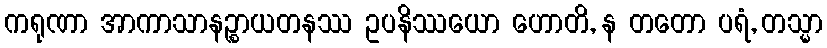
ကရုဏာ အာကာသာနဉ္စာယတနဿ ဥပနိဿယော ဟောတိ, န တတော ပရံ, တသ္မာ